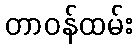
တာဝန်ထမ်း